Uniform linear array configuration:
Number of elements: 4
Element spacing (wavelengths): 1
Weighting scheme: uniform
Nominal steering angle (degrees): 60
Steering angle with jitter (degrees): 58.69
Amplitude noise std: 0.05
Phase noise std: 0.05

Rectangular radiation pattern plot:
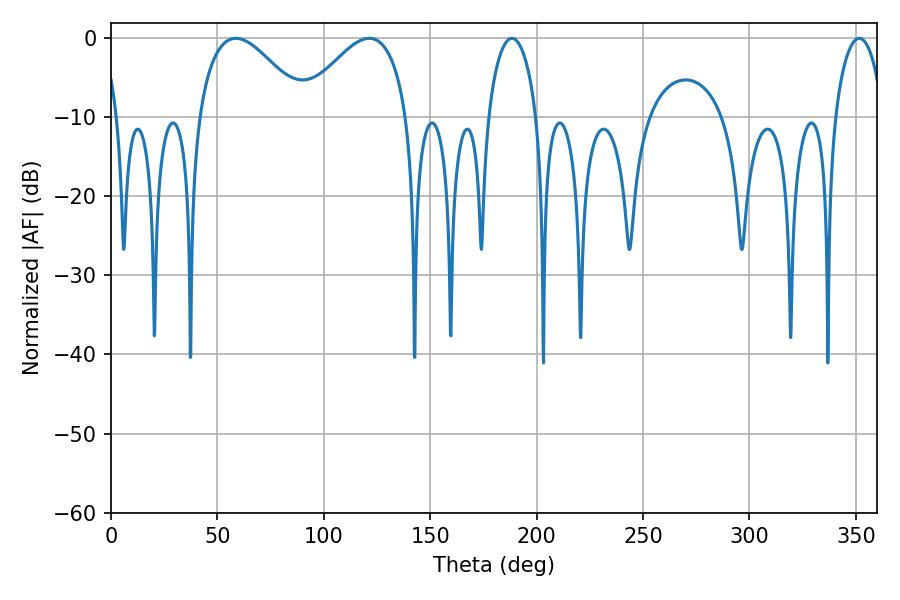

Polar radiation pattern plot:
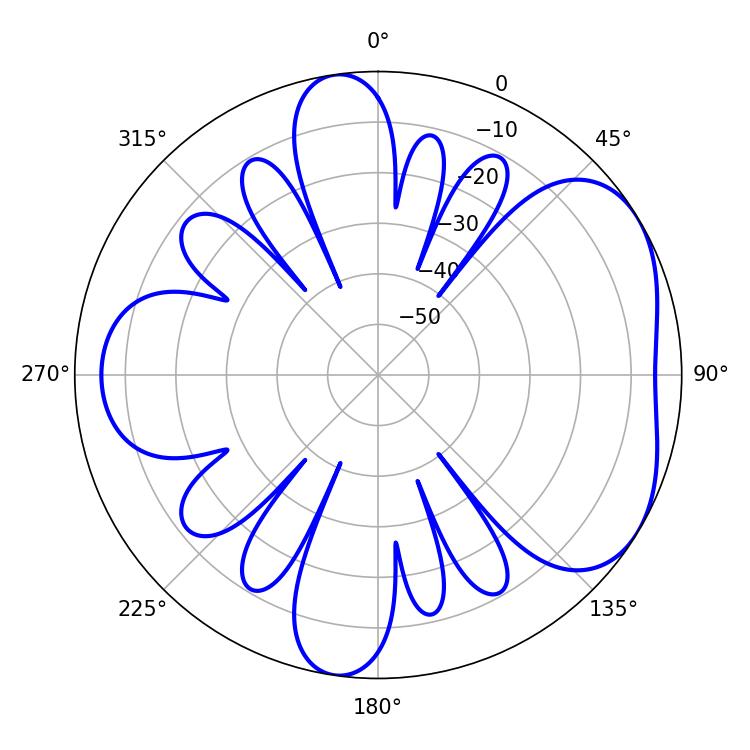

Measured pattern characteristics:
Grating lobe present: TRUE
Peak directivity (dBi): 4.762
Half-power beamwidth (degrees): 27.54
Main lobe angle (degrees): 58.68